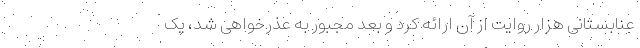
عنابستانی هزار روایت از آن ارائه کرد و بعد مجبور به عذرخواهی شد، یک